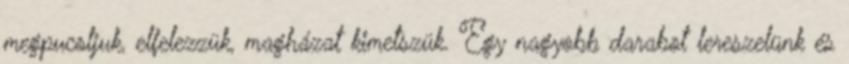
megpucoljuk, elfelezzük, magházat kimetszük. Egy nagyobb darabot lereszelünk és